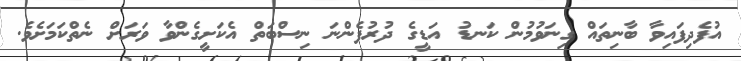
އުފެދިފައިވާ ބާނިތައް ގިނަވުމުން ކަނޑު އަޑީގެ ދުރުފެންނަ ނިސްބަތް އެކަށީގެންވާ ވަރަށް ނެތްކަމަށެވެ.